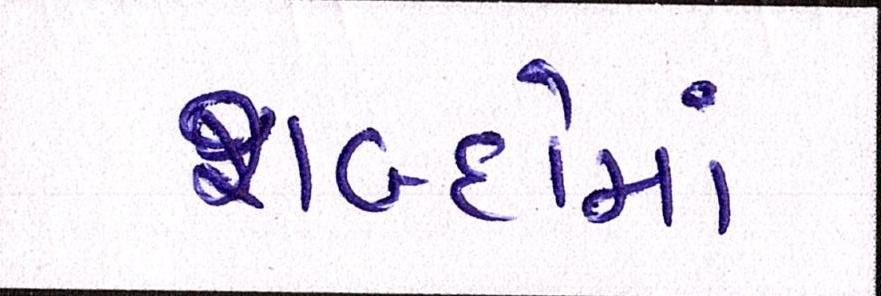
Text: શબ્દોમાં